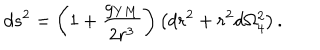
d s ^ { 2 } = \left( 1 + \frac { g _ { Y M } } { 2 r ^ { 3 } } \right) \left( d r ^ { 2 } + r ^ { 2 } d \Omega _ { 4 } ^ { 2 } \right) .